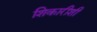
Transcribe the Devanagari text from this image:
शिकारीशी